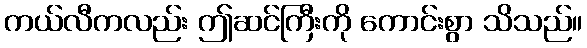
ကယ်လီကလည်း ဤဆင်ကြီးကို ကောင်းစွာ သိသည်။